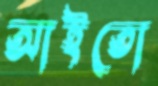
আইতো